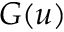
G ( u )